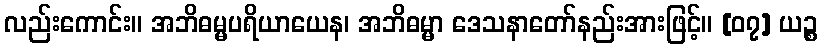
လည်းကောင်း။ အဘိဓမ္မပရိယာယေန၊ အဘိဓမ္မာ ဒေသနာတော်နည်းအားဖြင့်။ [၀၇] ယဉ္စ